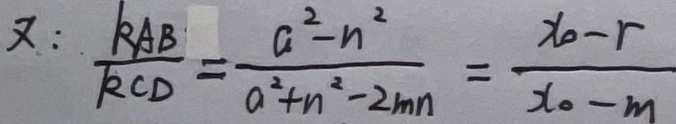
$x : \frac{R_{AB}}{R_{CD}} = \frac{a^{2}-n^{2}}{a^{2}+n^{2}-2mn} = \frac{x_{0}-r}{x_{0}-m}$